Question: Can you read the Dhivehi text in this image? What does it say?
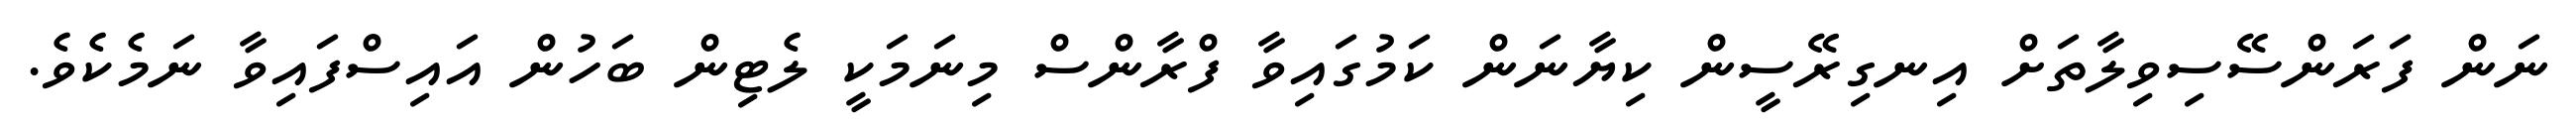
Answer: ނަން ފަރަންސޭސިވިލާތަށް އިނގިރޭސީން ކިޔާނަން ކަމުގައިވާ ފްރާންސް މިނަމަކީ ލެޓިން ބަހުން އައިސްފައިވާ ނަމެކެވެ.